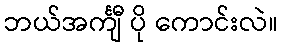
ဘယ်အင်္ကျီ ပို ကောင်းလဲ။